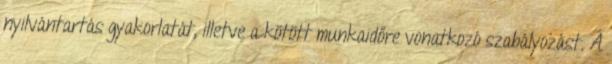
nyilvántartás gyakorlatát, illetve a kötött munkaidőre vonatkozó szabályozást. A